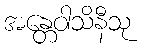
အန္တေဝါသိနီသု